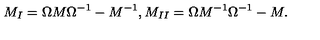
M _ { I } = \Omega M \Omega ^ { - 1 } - M ^ { - 1 } , M _ { I I } = \Omega M ^ { - 1 } \Omega ^ { - 1 } - M .